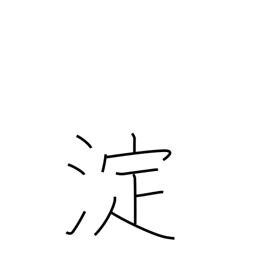
Meaning: eddy